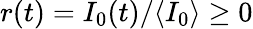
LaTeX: r(t)={I_{0}(t)}/{\langle I_{0}\rangle}\ge 0